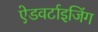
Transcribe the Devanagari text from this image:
ऐडवर्टाइजिंग